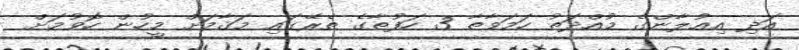
އަދި އިޢުލާންގެ މުއްދަތު ހަމަވާތާ 3 ހަފުތާގެ ތެރޭގައި މަޤާމަށް މީހުން ހޮވުމަށް